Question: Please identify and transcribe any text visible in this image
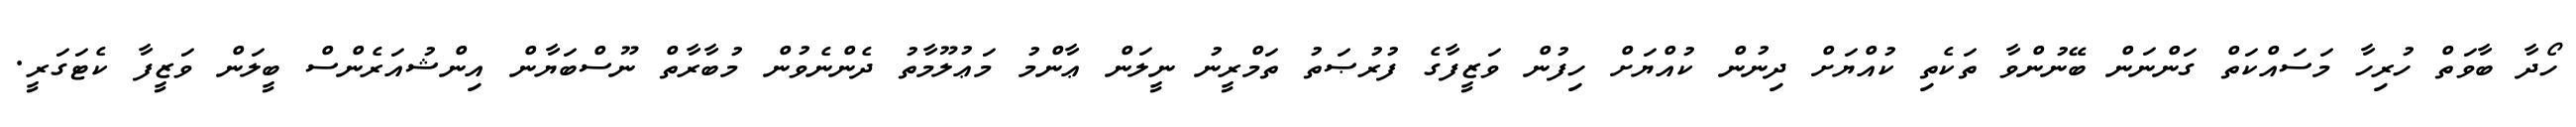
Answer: ހޯދާ ބާވަތް ހުރިހާ މަސައްކަތް ގަންނަން ބޭނުންވާ ތަކެތި ކުއްޔަށް ދިނުން ކުއްޔަށް ހިފުން ވަޒީފާގެ ފުރުޞަތު ތަމްރީނު ނީލަން ޢާންމު މަޢުލޫމާތު ދެންނެވުން މުބާރާތް ނޫސްބަޔާން އިންޝުއަރެންސް ބީލަން ވަޒީފާ ކެޓަގަރީ.